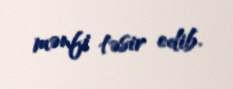
mənfi təsir edib.